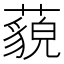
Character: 藐